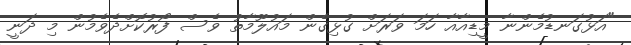
"އަޅުގަނޑުމެންނާ މީޑިއާއާ ހަމަ ވަރަށް ގުޅިގެން މައުލޫމާތު ވެސް ފޯރުކޮށްދެވެމުން މި ދަނީ